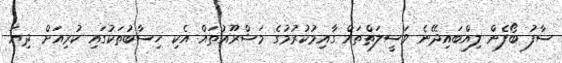
ސާފު ބޯފެން ލިއްބައިދޭނެ ވަސީލަތްތައް ގާއިމުކުރުމުގެ މަޝްރޫއުތައް އެކި ހިސާބުތަކުގައި ކުރިއަށް ދިޔަ